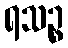
ရသဉ္စ